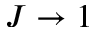
J \to 1